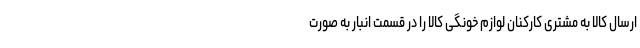
ارسال کالا به مشتری کارکنان لوازم خونگی کالا را در قسمت انبار به صورت